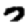
Digit: 7